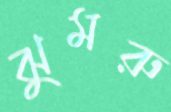
ঝুমরু